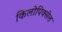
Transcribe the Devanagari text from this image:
किलोपिक्सेल